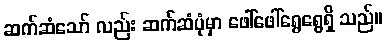
ဆက်ဆံသော် လည်း ဆက်ဆံပုံမှာ ဖေါ်ဖေါ်ရွေရွေရှိ သည်။